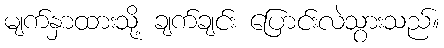
မျက်နှာထားသို့ ချက်ချင်း ပြောင်းလဲသွားသည်။